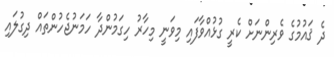
ދެ ޤައުމުގެ ވެރިންނަށް ކެރީ ގުޅުއްވާފައި މިވަނީ މިހާރު ހިގަމުންދާ ހަމަނުޖެހުންތައް ދިގުލައި